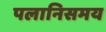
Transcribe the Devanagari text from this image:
पलानिसमय